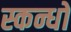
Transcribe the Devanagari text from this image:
स्कन्धों